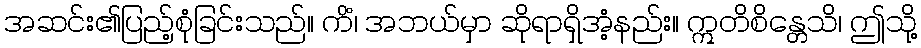
အဆင်း၏ပြည့်စုံခြင်းသည်။ ကိံ၊ အဘယ်မှာ ဆိုရာရှိအံ့နည်း။ ဣတိစိန္တေသိ၊ ဤသို့